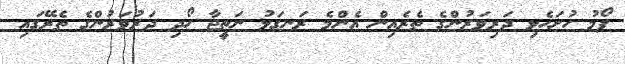
ފޯމު ހުށަހެޅި ދަރިވަރުންގެ ތެރެއިން އެންމެ ރަނގަޅު ނަތީޖާ ހޯދި ދަރުވަރުންގެ ތެރޭގައި